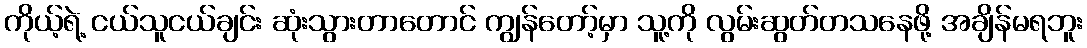
ကိုယ့်ရဲ့ ငယ်သူငယ်ချင်း ဆုံးသွားတာတောင် ကျွန်တော့်မှာ သူ့ကို လွမ်းဆွတ်တသနေဖို့ အချိန်မရဘူး